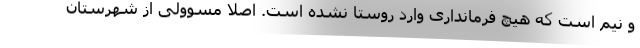
و نیم است که هیچ فرمانداری وارد روستا نشده است. اصلا مسوولی از شهرستان